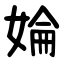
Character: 婨